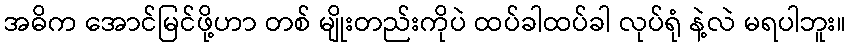
အဓိက အောင်မြင်ဖို့ဟာ တစ် မျိုးတည်းကိုပဲ ထပ်ခါထပ်ခါ လုပ်ရုံ နဲ့လဲ မရပါဘူး။